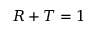
R + T = 1